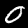
Digit: 0